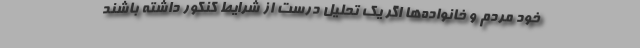
خود مردم و خانواده‌ها اگر یک تحلیل درست از شرایط کنکور داشته باشند